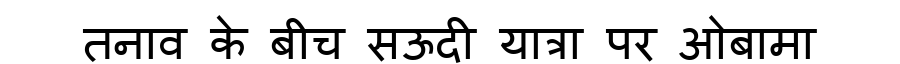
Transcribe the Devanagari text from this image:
तनाव के बीच सऊदी यात्रा पर ओबामा